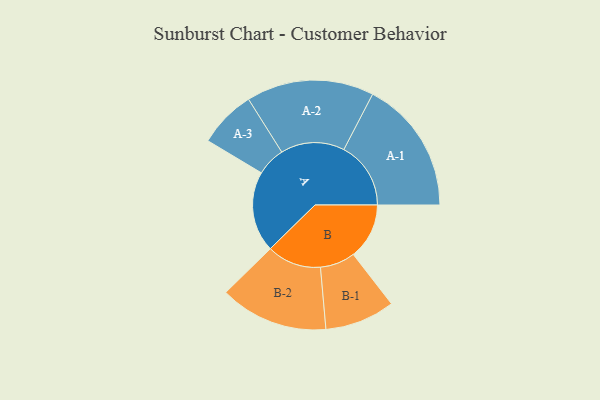
{"axis": {"x": "Segment", "y": "Value"}, "legend": ["", "A", "B"], "data": [{"x": "A", "y": 336, "type": ""}, {"x": "B", "y": 233, "type": ""}, {"x": "A-1", "y": 279, "type": "A"}, {"x": "A-2", "y": 266, "type": "A"}, {"x": "A-3", "y": 120, "type": "A"}, {"x": "B-1", "y": 146, "type": "B"}, {"x": "B-2", "y": 226, "type": "B"}]}